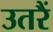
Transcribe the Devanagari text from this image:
उतरैं